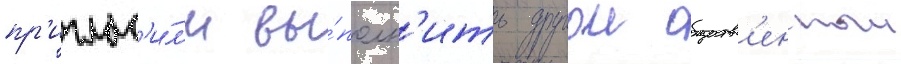
пр'иглас'и́л'и вы́полн'ить другои обществ'енныи